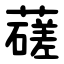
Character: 䕢